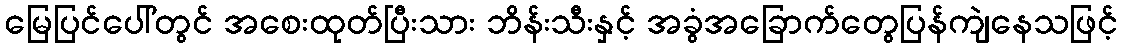
မြေပြင်ပေါ်တွင် အစေးထုတ်ပြီးသား ဘိန်းသီးနှင့် အခွံအခြောက်တွေပြန်ကျဲနေသဖြင့်